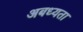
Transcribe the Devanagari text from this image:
अबध्यता